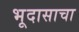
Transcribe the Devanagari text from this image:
भूदासाचा